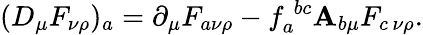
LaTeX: (D_{\mu}F_{\nu\rho})_{a}=\partial_{\mu}F_{a\nu\rho}-f_{a}^{\; bc}\mathbf{A}_{b\mu}F_{c\, \nu\rho}.